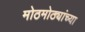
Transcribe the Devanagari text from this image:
मोठमोठ्यांच्या